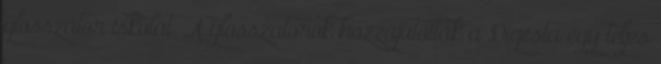
glosszátor iskolát. A glosszátorok hozzájutottak a Digesta egy teljes